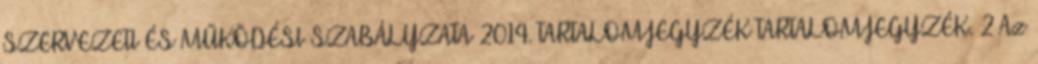
SZERVEZETI ÉS MŰKÖDÉSI SZABÁLYZATA 2014. TARTALOMJEGYZÉK TARTALOMJEGYZÉK. 2 Az